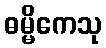
ဓမ္မိကေသု